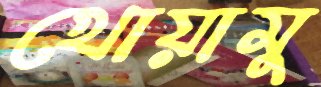
খোয়ামু